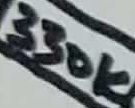
Text: 330K